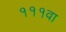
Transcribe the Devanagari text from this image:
१११वा